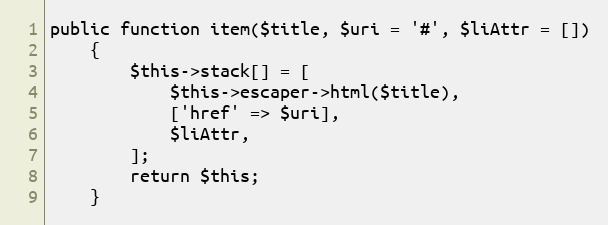
Language: PHP
public function item($title, $uri = '#', $liAttr = [])
    {
        $this->stack[] = [
            $this->escaper->html($title),
            ['href' => $uri],
            $liAttr,
        ];
        return $this;
    }